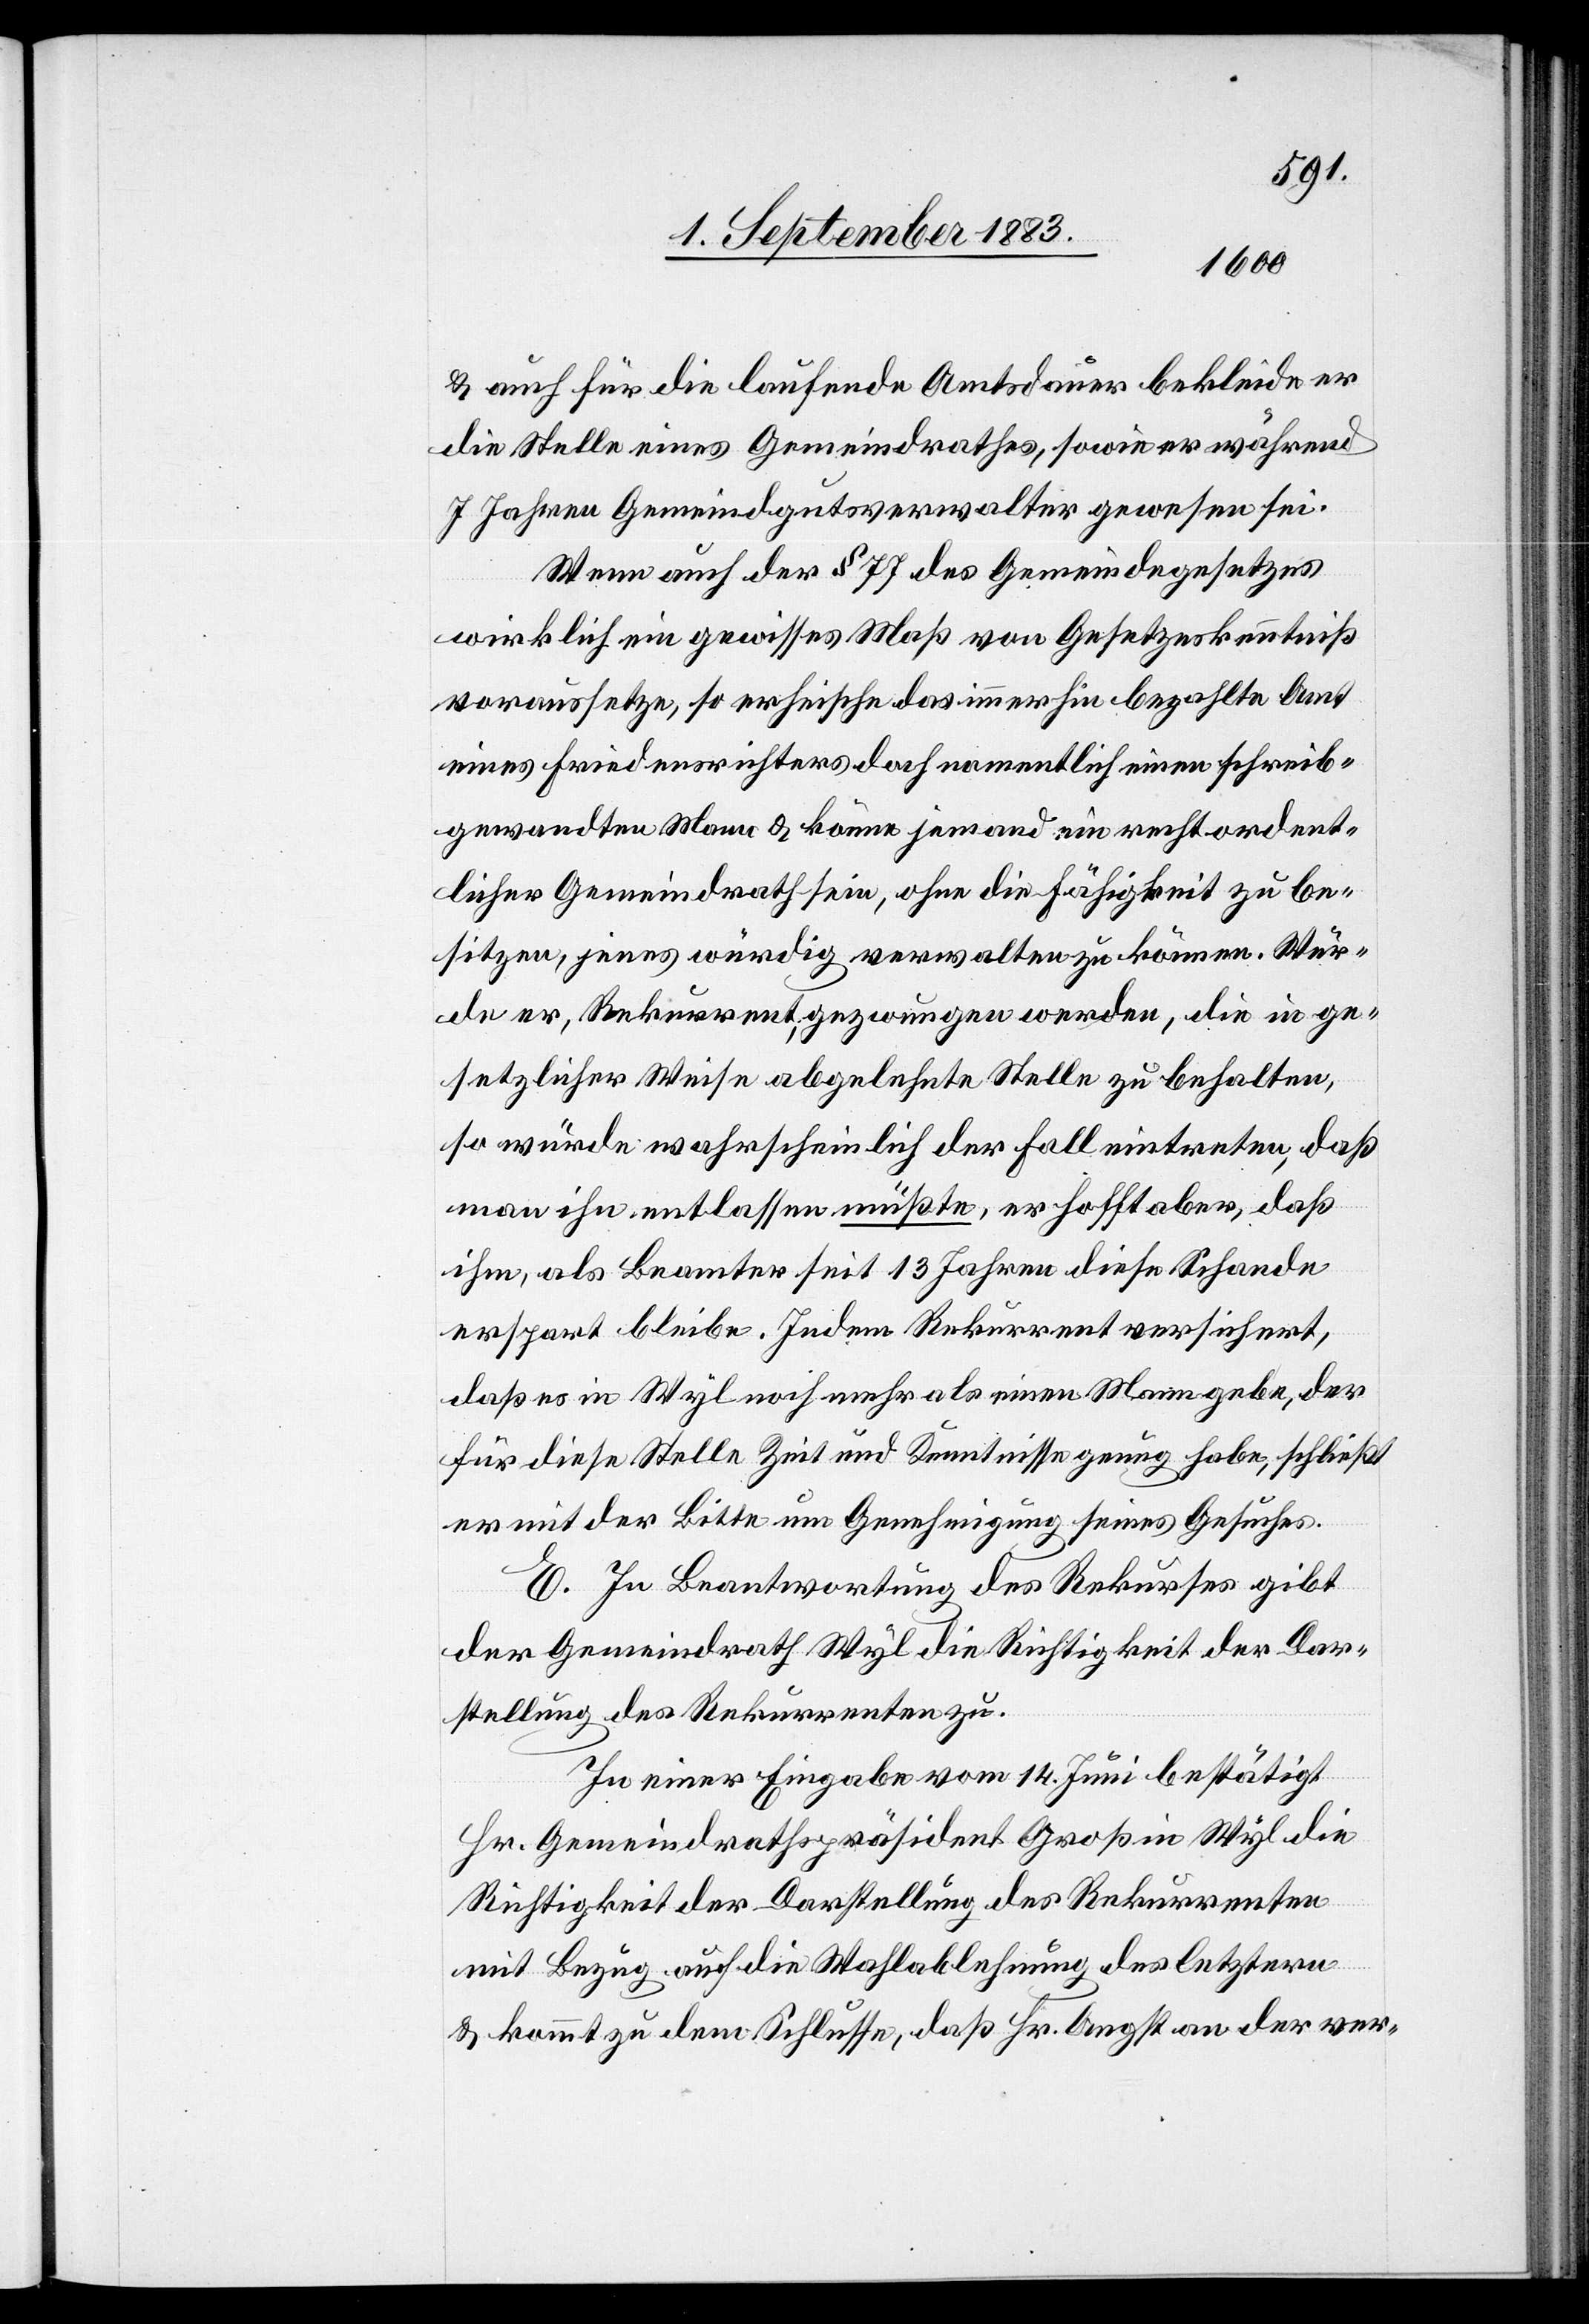
& auch für die laufende Amtsdauer bekleide er
die Stelle eines Gemeindrathes, sowie er während
7 Jahren Gemeindgutsverwalter gewesen sei.
Wenn auch der § 77 des Gemeindegesetzes
wirklich ein gewisses Maß von Gesetzeskenntniß
voraussetze, so erheische das immerhin bezahlte Amt
eines Friedensrichters doch namentlich einen schreib¬
gewandten Mann & könne jemand ein recht ordent¬
licher Gemeindrath sein, ohne die Fähigkeit zu be¬
sitzen, jenes würdig verwalten zu können. Wür¬
de er, Rekurrent, gezwungen werden, die in ge¬
setzlicher Weise abgelehnte Stelle zu behalten,
so würde wahrscheinlich der Fall eintreten, daß
man ihn entlassen müßte, er hoffe aber, daß
ihm, als Beamter seit 13 Jahren diese Schande
erspart bleibe. Indem Rekurrent versichert,
daß es in Wyl noch mehr als einen Mann gebe, der
für diese Stelle Zeit und Kenntnisse genug habe, schließt
er mit der Bitte um Genehmigung seines Gesuches.
E. In Beantwortung des Rekurses gibt
der Gemeindrath Wyl die Richtigkeit der Dar¬
stellung des Rekurrenten zu.
In einer Eingabe vom 14. Juni bestätigt
Hr. Gemeindrathspräsident Groß in Wyl die
Richtigkeit der Darstellung des Rekurrenten
mit Bezug auf die Wahlablehnung des letztern
& kommt zu dem Schlusse, daß Hr. Angst an der ver-